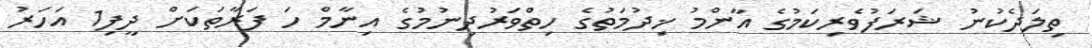
ތިލަދެކުނު ޝަރަފުވެރިކަމުގެ އާންމު ޚިދުމަތުގެ ހިތްވަރުދިނުމުގެ އިނާމް ހަ ފަރާތަކަށް ދީފި1 އަހަރު